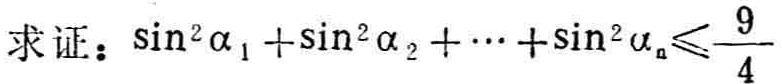
求证：\(\sin^{2}\alpha_{1}+\sin^{2}\alpha_{2}+\cdots+\sin^{2}\alpha_{n}\leqslant\frac{9}{4}\)